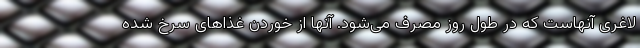
لاغری آنهاست که در طول روز مصرف می‌شود. آنها از خوردن غذاهای سرخ شده